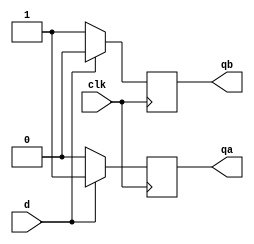
`timescale 1ps/1ps
module gated_d_latch(d,clk,qa,qb);
	input d,clk;
	output reg qa,qb;

	always @(posedge clk)begin
		if(d==1)begin
			qa = 1;
			qb = 0;
		end
		else begin
			qa = 0;
			qb = 1;		
		end
	end			
endmodule